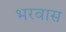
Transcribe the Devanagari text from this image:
भरवास